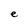
Character: e